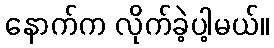
နောက်က လိုက်ခဲ့ပါ့မယ်။